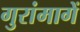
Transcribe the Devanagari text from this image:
गुरांमागें